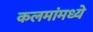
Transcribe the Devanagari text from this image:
कलमांमध्ये